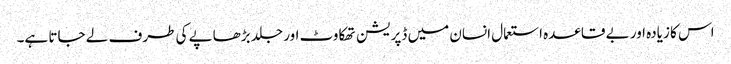
اس کا زیادہ اور بے قاعدہ استعمال انسان میں ڈپریشن تھکاوٹ اور جلد بڑھاپے کی طرف لے جاتا ہے۔